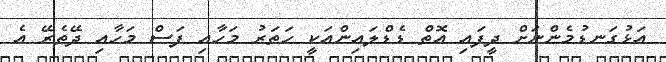
އަޅުގަނޑުމެންނަށް ދީފައި އޮތް ޑެޑްލައިންއަކީ ހަތަރު މަހާއި ފަސް މަހާއި ދޭތެރޭ އެ